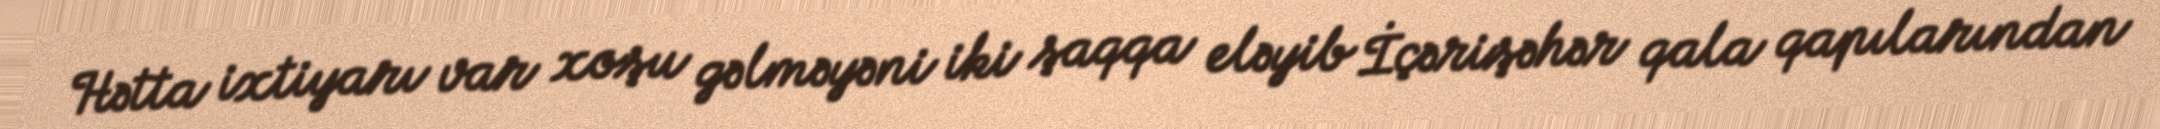
Hətta ixtiyarı var xoşu gəlməyəni iki şaqqa eləyib İçərişəhər qala qapılarından